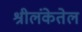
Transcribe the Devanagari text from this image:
श्रीलंकेतेल